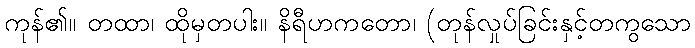
ကုန်၏။ တထာ၊ ထိုမှတပါး။ နိရီဟကတော၊ (တုန်လှုပ်ခြင်းနှင့်တကွသော